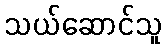
သယ်ဆောင်သူ